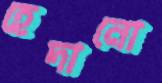
হেদানো